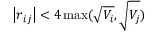
\left| \boldsymbol { r } _ { i j } \right| < 4 \operatorname* { m a x } ( \sqrt { V _ { i } } , \sqrt { V _ { j } } )